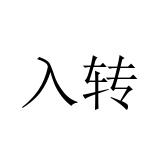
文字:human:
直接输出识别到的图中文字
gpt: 入转